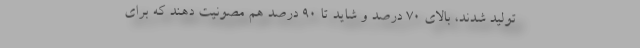
تولید شدند، بالای ۷۰ درصد و شاید تا ۹۰ درصد هم مصونیت دهند که برای